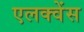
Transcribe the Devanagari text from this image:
एलक्वेंस